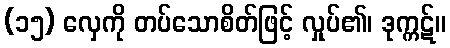
(၁၅) လှေကို တပ်သောစိတ်ဖြင့် လှုပ်၏၊ ဒုက္ကဋ်။